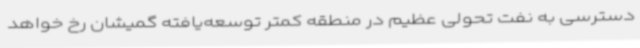
دسترسی به نفت تحولی عظیم در منطقه کمتر توسعه‌یافته گمیشان رخ خواهد